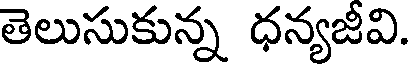
తెలుసుకున్న ధన్యజీవి.